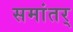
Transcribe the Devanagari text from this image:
समांतर्